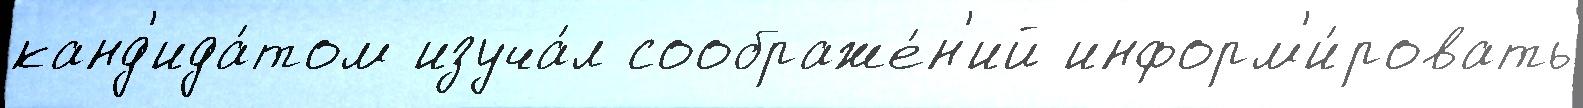
канд'ида́том изуча́л соображе́н'ий информ'и́ровать